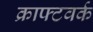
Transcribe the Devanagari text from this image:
क्राफ्टवर्क